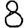
Digit: 8